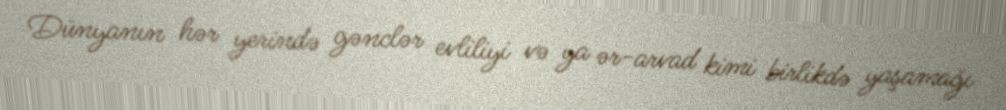
Dünyanın hər yerində gənclər evliliyi və ya ər-arvad kimi birlikdə yaşamağı